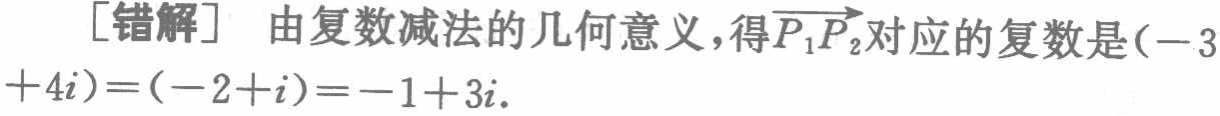
[错解] 由复数减法的几何意义，得$\overrightarrow{P_{1}P_{2}}$对应的复数是$(-3 + 4i)=(-2 + i)=-1 + 3i$.